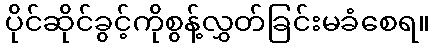
ပိုင်ဆိုင်ခွင့်ကိုစွန့်လွှတ်ခြင်းမခံစေရ။